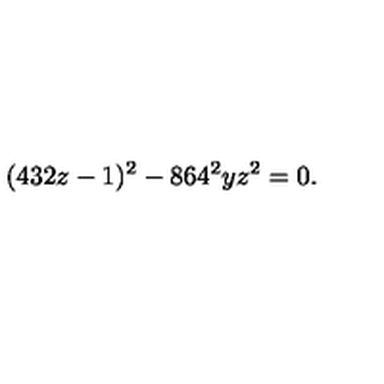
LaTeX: ( 4 3 2 z - 1 ) ^ { 2 } - 8 6 4 ^ { 2 } y z ^ { 2 } = 0 .